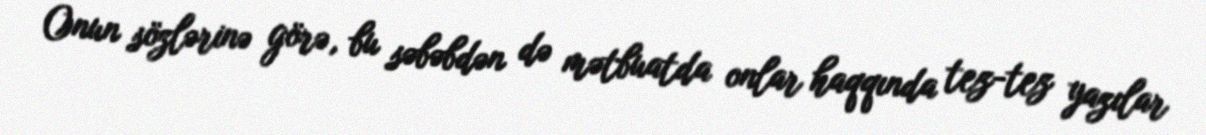
Onun sözlərinə görə, bu səbəbdən də mətbuatda onlar haqqında tez-tez yazılar